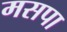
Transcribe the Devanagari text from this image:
मसपा